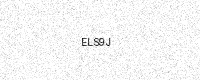
Text: ELS9J